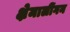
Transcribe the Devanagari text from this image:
क्षेमालींगन